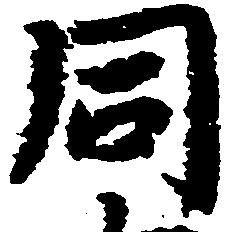
同